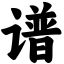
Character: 谱